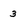
Character: 3